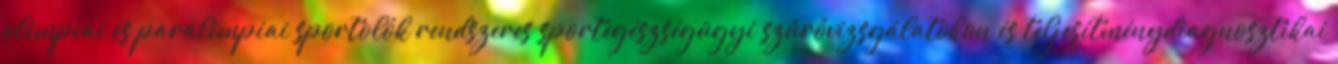
olimpiai és paralimpiai sportolók rendszeres sportegészségügyi szűrővizsgálatokon és teljesítménydiagnosztikai